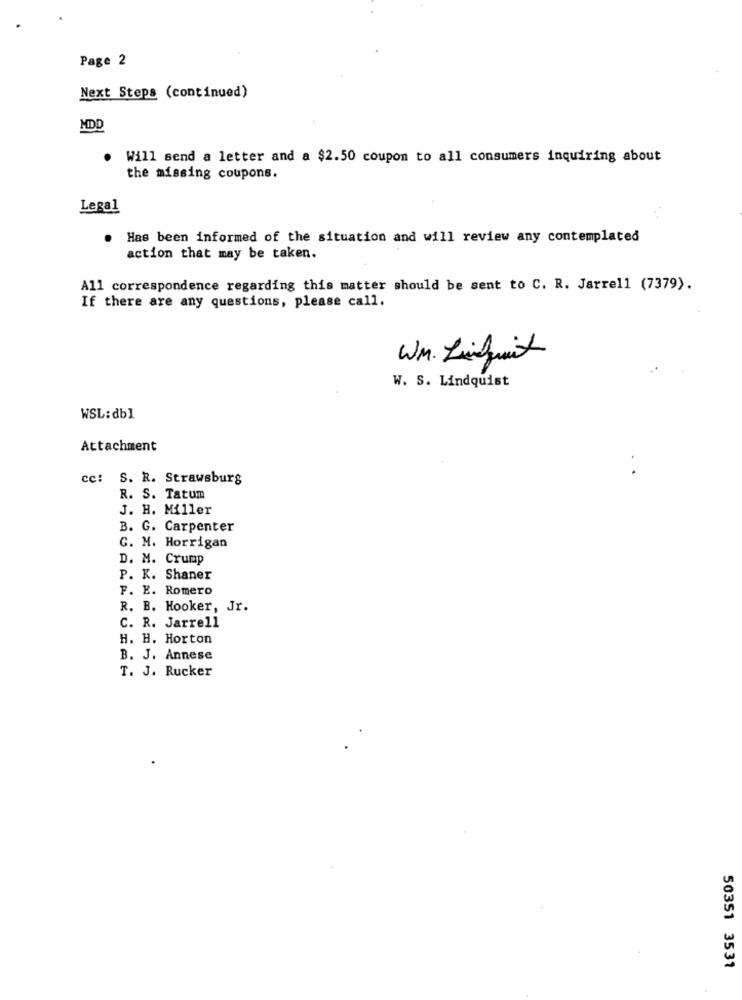
Page 2
Next Steps (continued)
Will send a letter and a $2.50 coupon to all consumers inquiring about
the missing coupons.
Legal
Has been informed of the situation and will review any contemplated
action that may be taken.
All correspondence regarding this matter should be sent to C. R. Jarrell (7379).
If there are any questions, please call.
WM. Zinfruit
W. S. Lindquist
WSL:db1
Attachment
cc: S. R. Strawsburg
R. S. Tatum
J. H. Miller
B. G. Carpenter
G. M. Horrigan
D. M. Crump
P. K. Shaner
F. E. Romero
R. B. Hooker, Jr.
C. R. Jarrell
H. H. Horton
B. J. Annese
T. J. Rucker
50351 3531